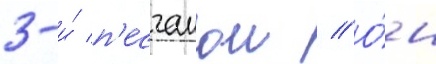
3-и́ п'есчанои // О́н